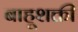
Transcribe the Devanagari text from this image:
बाहूशक्ती